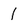
Character: I